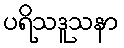
ပရိသဒူသနာ